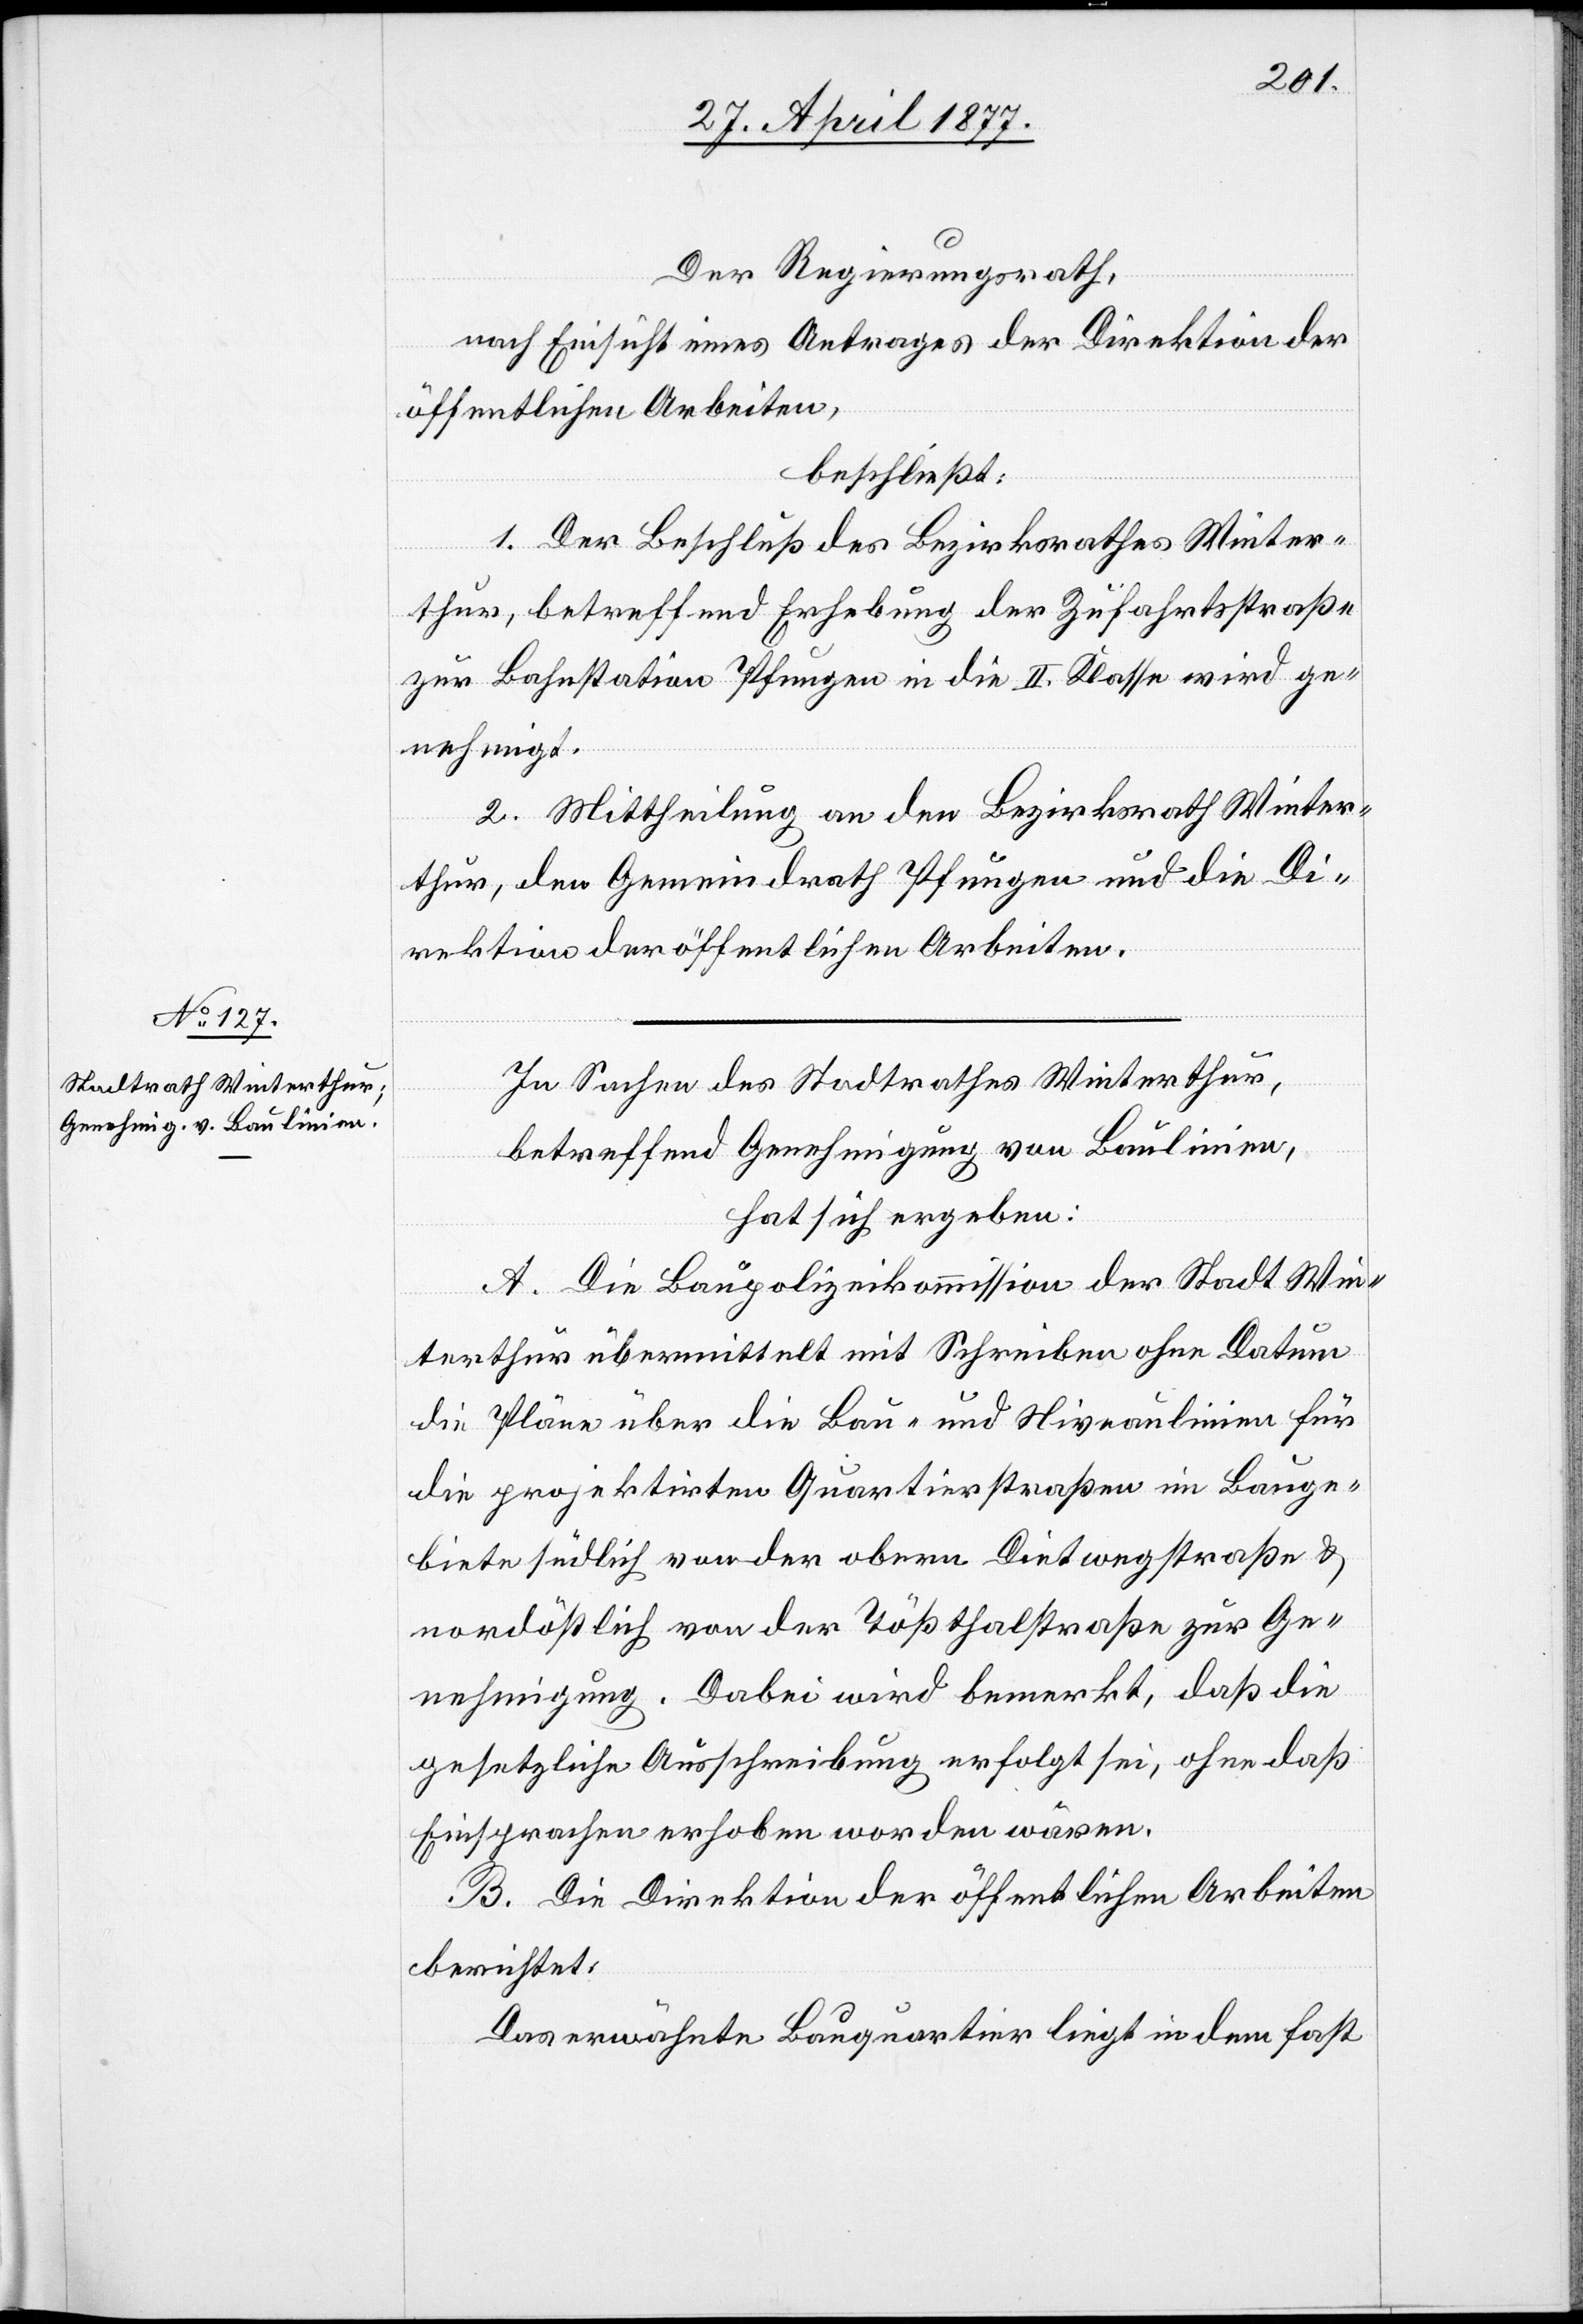
Der Regierungsrath,
nach Einsicht eines Antrages der Direktion der
öffentlichen Arbeiten,
beschließt:
1. Der Beschluß des Bezirksrathes Winter¬
thur, betreffend Erhebung der Zufahrtsstraße
zur Bahnstation Pfungen in die II. Klasse wird ge¬
nehmigt.
2. Mittheilung an den Bezirksrath Winter¬
thur, den Gemeindrath Pfungen und die Di¬
rektion der öffentlichen Arbeiten.
In Sachen des Stadtrathes Winterthur,
betreffend Genehmigung von Baulinien,
hat sich ergeben:
A. Die Baupolizeikommission der Stadt Win¬
terthur übermittelt mit Schreiben ohne Datum
die Pläne über die Bau- und Niveaulinien für
die projektirten Quartierstraßen im Bauge¬
biete südlich von der obern Dietwegstraße &
nordöstlich von der Tößthalstraße zur Ge¬
nehmigung. Dabei wird bemerkt, daß die
gesetzliche Ausschreibung erfolgt sei, ohne daß
Einsprachen erhoben worden wären.
B. Die Direktion der öffentlichen Arbeiten
berichtet:
Das erwähnte Bauquartier liegt in dem fast